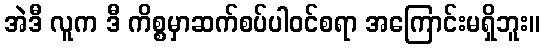
အဲဒီ လူက ဒီ ကိစ္စမှာဆက်စပ်ပါဝင်စရာ အကြောင်းမရှိဘူး။